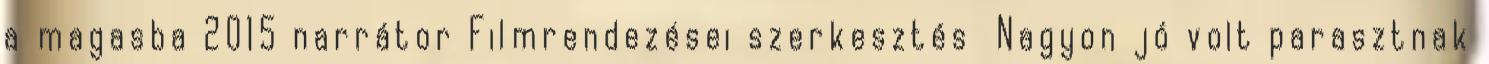
a magasba 2015 narrátor Filmrendezései szerkesztés Nagyon jó volt parasztnak